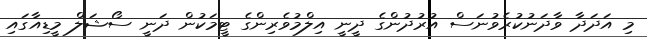
މި އަދަދާ ވާދަނުކުރެވުނަސް އުރުދުންގެ ދީނީ އިލްމުވެރިންގެ ޓީމަކުން ދަނީ ސޯޝަލް މީޑިއާގައި